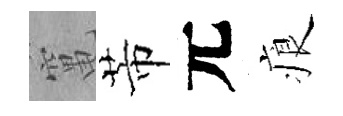
𥧄芾元痕